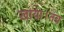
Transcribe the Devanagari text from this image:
खाया।तब